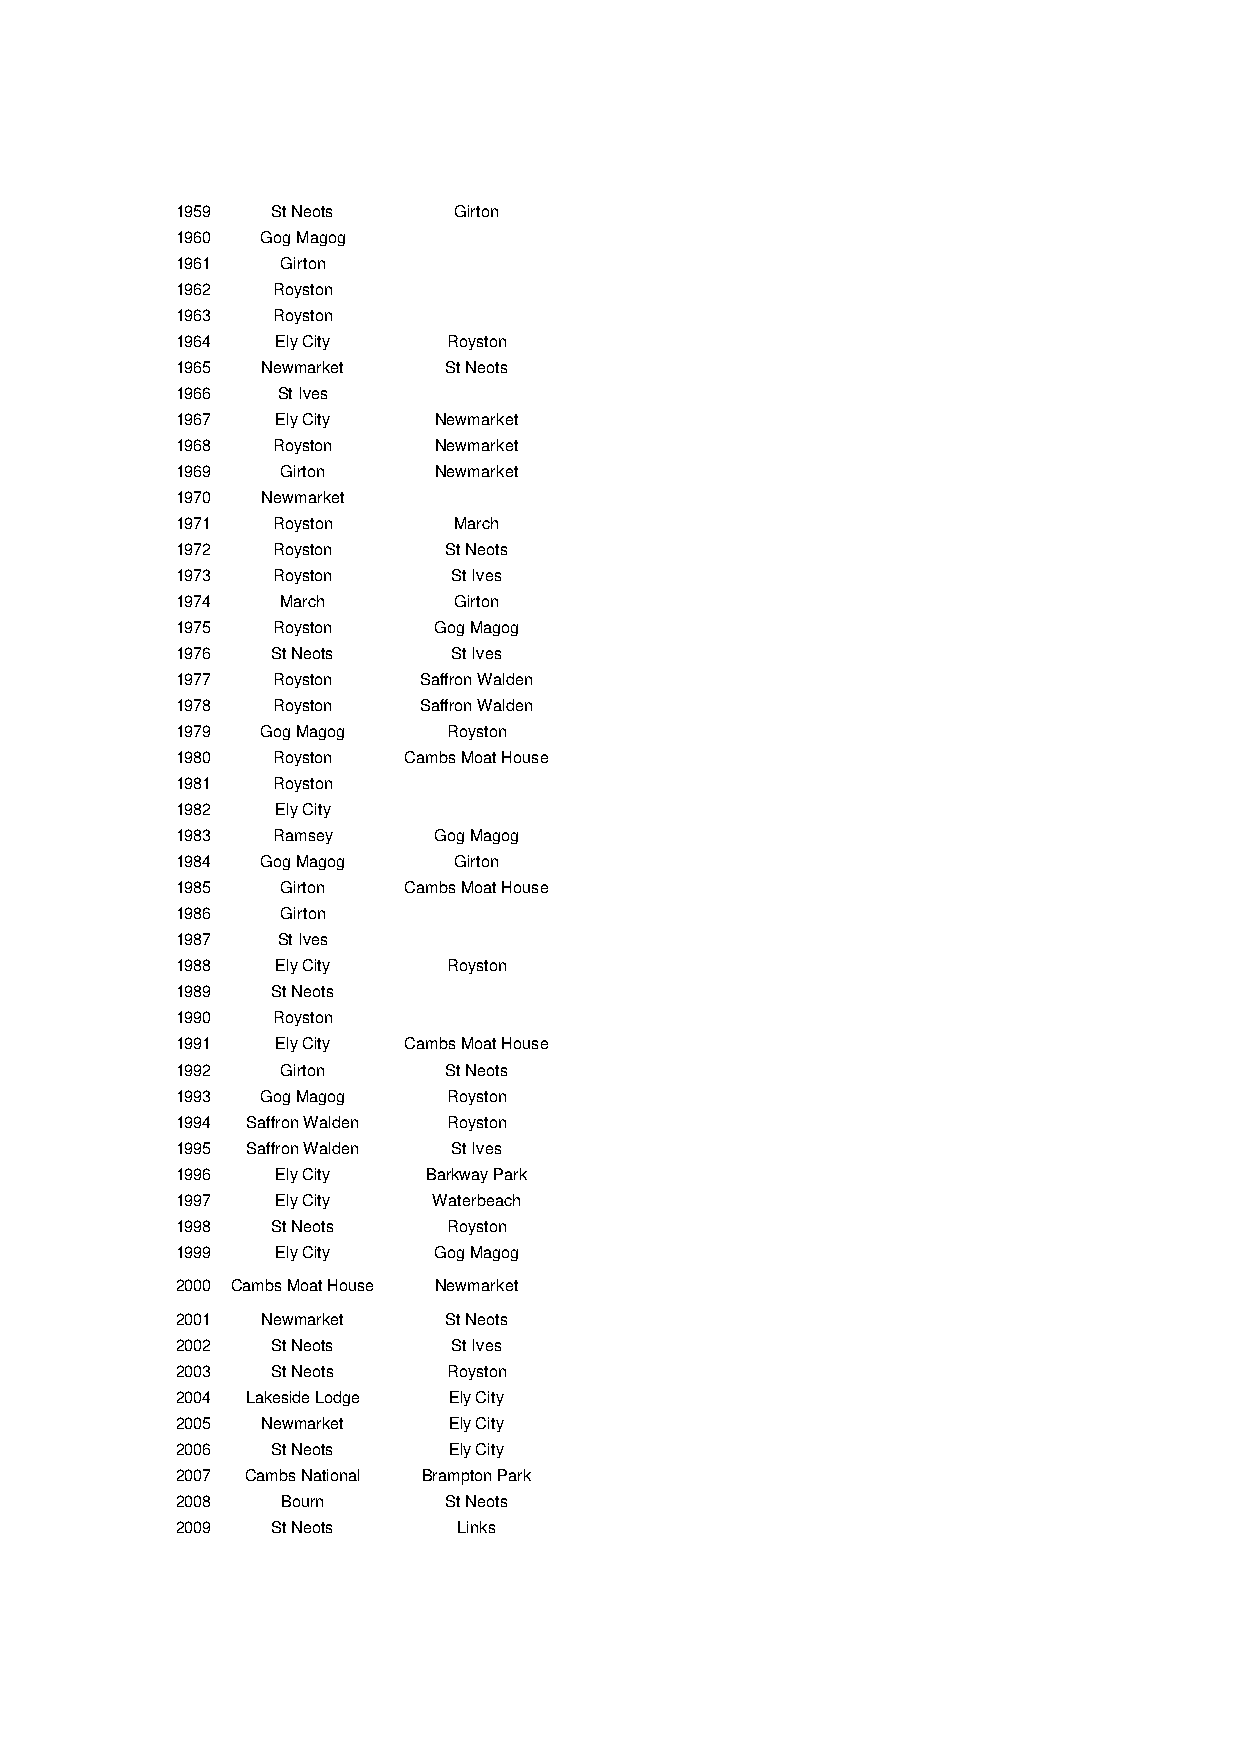
1959  St Neots    Girton
 1960 Gog Magog
 1961   Girton
 1962  Royston
 1963  Royston
 1964  Ely City    Royston
 1965 Newmarket    St Neots
 1966  St Ives
 1967  Ely City   Newmarket
 1968  Royston    Newmarket
 1969   Girton    Newmarket
 1970 Newmarket
 1971  Royston     March
 1972  Royston     St Neots
 1973  Royston     St Ives
 1974   March      Girton
 1975  Royston    Gog Magog
 1976  St Neots    St Ives
 1977  Royston   Saffron Walden
 1978  Royston   Saffron Walden
 1979 Gog Magog    Royston
 1980  Royston  Cambs Moat House
 1981  Royston
 1982  Ely City
 1983  Ramsey     Gog Magog
 1984 Gog Magog    Girton
 1985   Girton  Cambs Moat House
 1986   Girton
 1987  St Ives
 1988  Ely City    Royston
 1989  St Neots
 1990  Royston
 1991  Ely City Cambs Moat House
 1992   Girton     St Neots
 1993 Gog Magog    Royston
 1994 Saffron Walden Royston
 1995 Saffron Walden St Ives
 1996  Ely City  Barkway Park
 1997  Ely City   Waterbeach
 1998  St Neots    Royston
 1999  Ely City   Gog Magog
 2000 Cambs Moat House Newmarket
 2001 Newmarket    St Neots
 2002  St Neots    St Ives
 2003  St Neots    Royston
 2004 Lakeside Lodge Ely City
 2005 Newmarket    Ely City
 2006  St Neots    Ely City
 2007 Cambs National Brampton Park
 2008   Bourn      St Neots
 2009  St Neots    Links